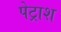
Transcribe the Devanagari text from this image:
पेट्राश